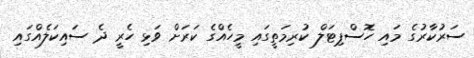
ސަރުކާރުގެ މައި ހޮސްޕިޓަލް ކުރިމަތީގައި މީހެއްގެ ކަރަށް ވަޅި ހެރީ ދެ ސައިކަލެއްގައި